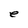
Character: e